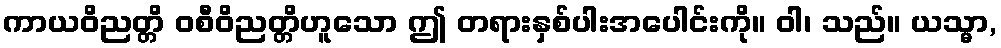
ကာယဝိညတ္တိ ဝစီဝိညတ္တိဟူသော ဤ တရားနှစ်ပါးအပေါင်းကို။ ဝါ၊ သည်။ ယသ္မာ,